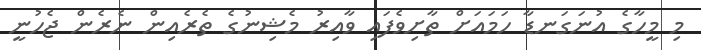
މި މީހާގެ އުނަގަނޑާ ހަމައަށް ތާށިވެފައި ވާއިރު މެޝިނުގެ ތެރެއިން ނެރެން ޖެހުނީ